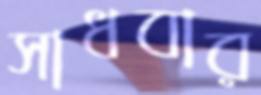
সাধবার